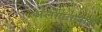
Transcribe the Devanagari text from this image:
अलगातावादी